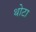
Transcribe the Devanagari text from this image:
थोटा